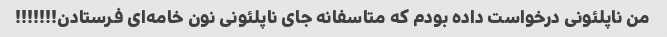
من ناپلئونی درخواست داده بودم که متاسفانه جای ناپلئونی نون خامه‌ای فرستادن!!!!!!!